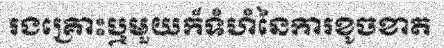
រងគ្រោះឬមួយក៏ទំហំនៃការខូចខាត